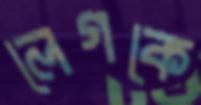
লেগকে